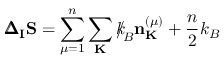
{ \pmb \Delta } _ { \bf I } { \bf S } = \sum _ { \mu = 1 } ^ { n } \sum _ { \bf K } { \slash \! \! \! k } _ { \! { B } } { \bf n } _ { \bf K } ^ { ( \mu ) } + \frac { n } { 2 } k _ { B }